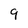
Character: 9